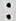
: